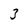
Character: 3